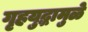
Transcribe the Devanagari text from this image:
गृहयुद्धामुळे